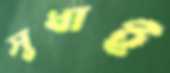
সুধাই